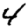
Digit: 4